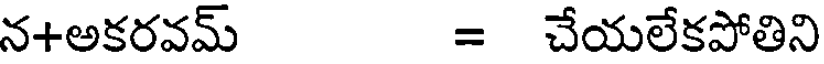
న+అకరవమ్ = చేయలేకపోతిని